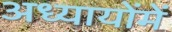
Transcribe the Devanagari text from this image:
अध्यायोंमें